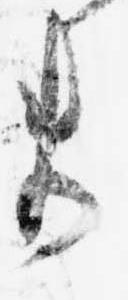
ま